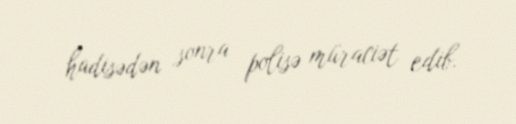
hadisədən sonra polisə müraciət edib.